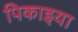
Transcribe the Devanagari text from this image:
पिकाइया